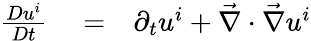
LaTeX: \begin{array}{rlr}{\frac{Du^{i}}{Dt}}&{{}=}&{\partial_{t}u^{i}+\vec{\nabla}\cdot\vec{\nabla}u^{i}}\end{array}